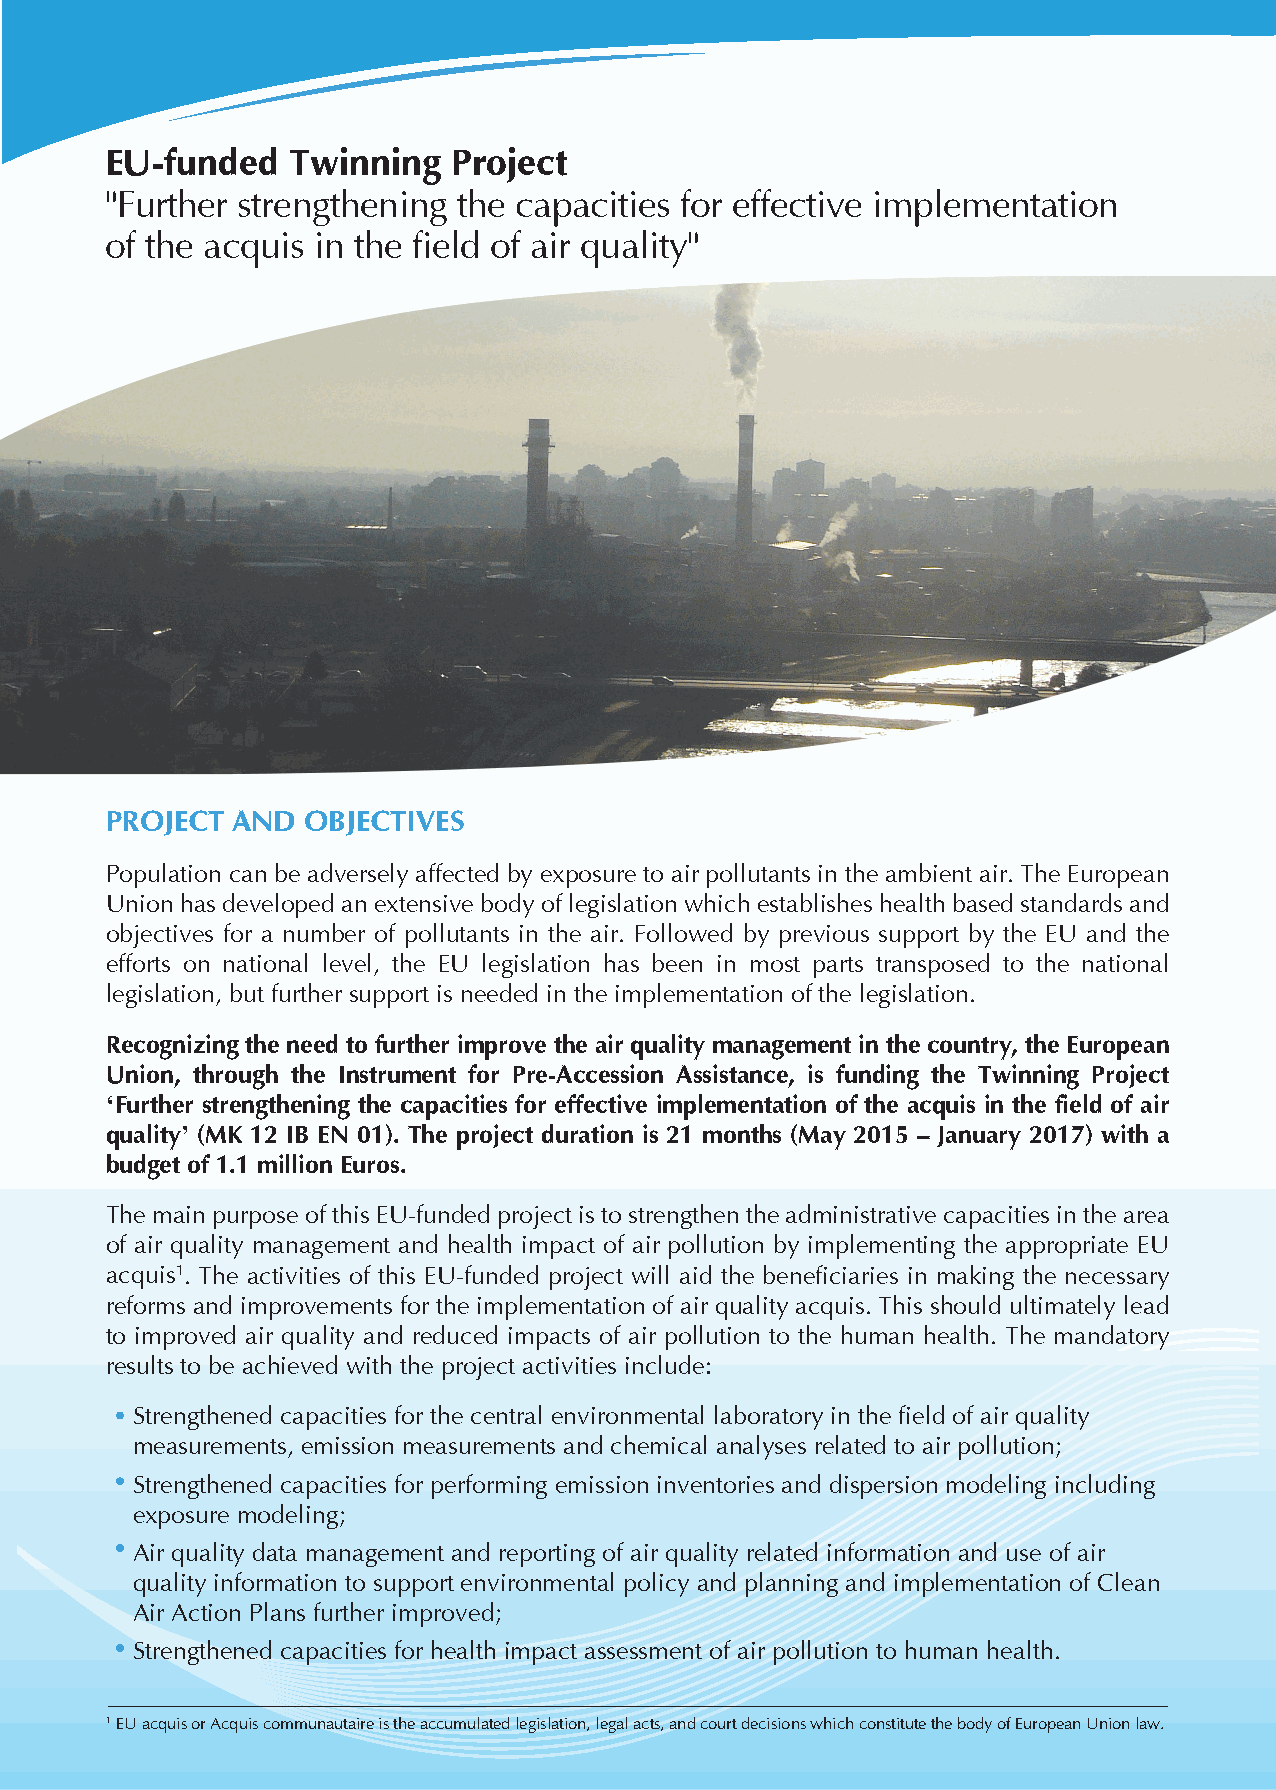
INSTITUTIONS  INVOLVED
 EU-funded   Twinning   Project
 "Further strengthening the capacities for effective implementation                      The main beneficiary institution of this EU-funded Twinning project is the Ministry of Environment
 and Physical Planning with the Institute of Public Health, the City of Skopje and other municipalities
 of the acquis in the field of air quality"
 also being involved and benefiting from project activities.
 Finnish Meteorological Institute is the main EU member state partner with the Environment Agency
 Austria as the junior partner. Specialized experts from other member state organizations are also
 involved in the project activities.
 PROJECT AND  OBJECTIVES
 Population can be adversely affected by exposure to air pollutants in the ambient air. The European
 Union has developed an extensive body of legislation which establishes health based standards and
 objectives for a number of pollutants in the air. Followed by previous support by the EU and the
 efforts on national level, the EU legislation has been in most parts transposed to the national
 legislation, but further support is needed in the implementation of the legislation.
 Recognizing the need to further improve the air quality management in the country, the European
 Union, through the Instrument for Pre-Accession Assistance, is funding the Twinning Project
 ‘Further strengthening the capacities for effective implementation of the acquis in the field of air
 quality’ (MK 12 IB EN 01). The project duration is 21 months (May 2015 – January 2017) with a
 budget of 1.1 million Euros.
 The main purpose of this EU-funded project is to strengthen the administrative capacities in the area
 of air quality management and health impact of air pollution by implementing the appropriate EU
 acquis1. The activities of this EU-funded project will aid the beneficiaries in making the necessary
 reforms and improvements for the implementation of air quality acquis. This should ultimately lead
 to improved air quality and reduced impacts of air pollution to the human health. The mandatory
 results to be achieved with the project activities include:
 Strengthened capacities for the central environmental laboratory in the field of air quality
 measurements, emission measurements and chemical analyses related to air pollution;
 Strengthened capacities for performing emission inventories and dispersion modeling including
 exposure modeling;
 Air quality data management and reporting of air quality related information and use of air
 quality information to support environmental policy and planning and implementation of Clean
 Air Action Plans further improved;
 Strengthened capacities for health impact assessment of air pollution to human health.
 1 EU acquis or Acquis communautaire is the accumulated legislation, legal acts, and court decisions which constitute the body of European Union law.